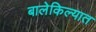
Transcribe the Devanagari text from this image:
बालेकिल्यात